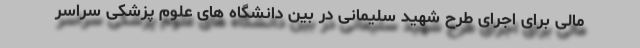
مالی برای اجرای طرح شهید سلیمانی در بین دانشگاه های علوم پزشکی سراسر